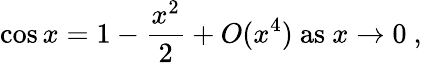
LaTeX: \cos x=1-{\frac{x^{2}}{2}}+O(x^{4}){\mathrm{~as~}}x\to 0\ ,